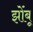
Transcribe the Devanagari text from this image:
झोंंबू